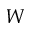
W